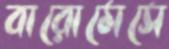
বারোমেসে